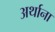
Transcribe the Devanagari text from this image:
अर्थाना